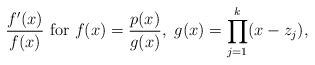
\begin{align*}\frac{f'(x)}{f(x)}~{\rm for}~f(x)=\frac{p(x)}{g(x)},~g(x)=\prod_{j=1}^k(x-z_j),\end{align*}